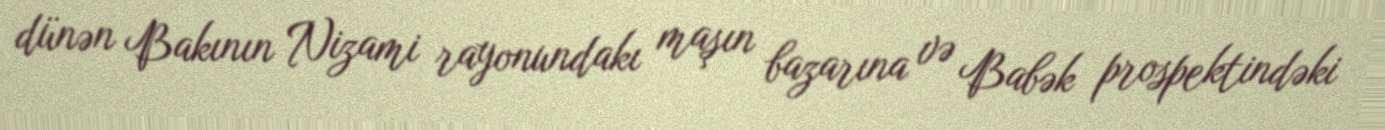
dünən Bakının Nizami rayonundakı maşın bazarına və Babək prospektindəki